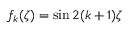
f _ { k } ( \zeta ) = \sin 2 { ( k + 1 ) } \zeta